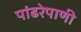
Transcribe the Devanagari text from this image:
पांढरेपाणी